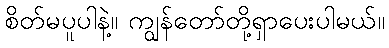
စိတ်မပူပါနဲ့။ ကျွန်တော်တို့ရှာပေးပါမယ်။